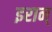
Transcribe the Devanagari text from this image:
इरान्